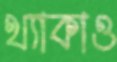
থ্যাকাও